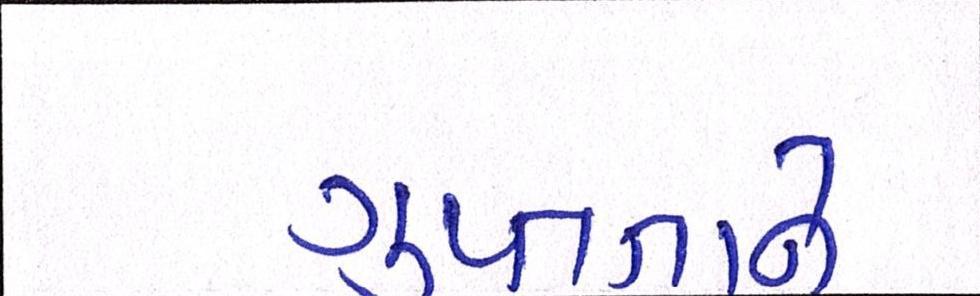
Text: ગુપ્તતાને